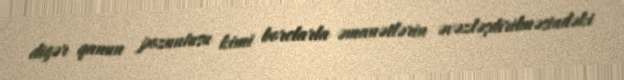
digər qanun pozuntusu kimi borclarla əmanətlərin əvəzləşdirilməsindəki